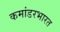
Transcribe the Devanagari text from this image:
कमांडरभारत